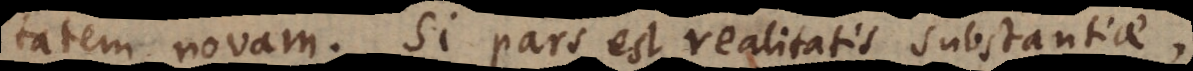
tatem novam. Si pars est realitatis substantiae,